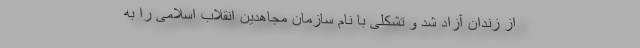
از زندان آزاد شد و تشكلی با نام سازمان مجاهدین انقلاب اسلامی را به